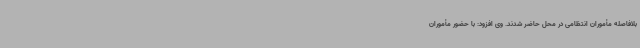
بلافاصله مأموران انتظامی در محل حاضر شدند. وی افزود: با حضور مأموران